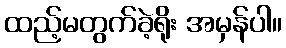
ထည့်မတွက်ခဲ့ရိုး အမှန်ပါ။